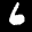
Label: 6